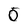
Character: 0